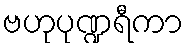
ဗဟုပုဏ္ဍရီကာ